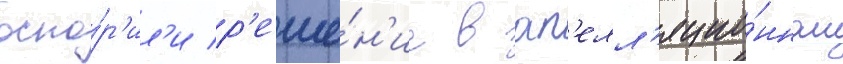
оспо́р'ил'и р'еше́н'ие в ап'елл'яцио́нном